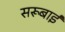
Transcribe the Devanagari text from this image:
सरूबाई